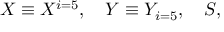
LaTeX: X \equiv X ^ { i = 5 } , \quad Y \equiv Y _ { i = 5 } , \quad S ,